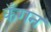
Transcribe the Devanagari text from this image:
कँगन